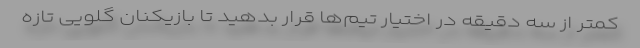
کمتر از سه دقیقه در اختیار تیم‌ها قرار بدهید تا بازیکنان گلویی تازه